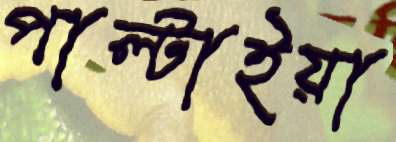
পাল্টাইয়া